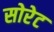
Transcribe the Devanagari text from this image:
सोरेट